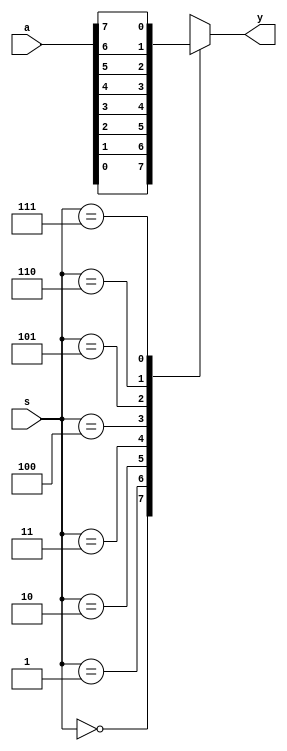
module muxcase(y,a,s);
 output y;
 input [7:0] a;
 input [2:0] s;
 reg y;
 always @(a,s)
 begin
 case(s)
 3'b000:y=a[0];
 3'b001:y=a[1];
3'b010:y=a[2];
 3'b011:y=a[3];
 3'b100:y=a[4];
 3'b101:y=a[5];
 3'b110:y=a[6];
 3'b111:y=a[7];
 endcase
 end
endmodule